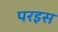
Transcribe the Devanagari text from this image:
परइस